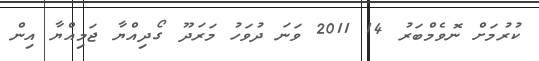
ކުރުމަށް ނޮވެމްބަރު 14 2011 ވަނަ ދުވަހު މަރަދޫ ގޯދިއްޔާ ޖަމިއްޔާ އިން